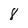
Character: 8